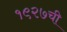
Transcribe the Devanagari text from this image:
१९२७ची